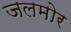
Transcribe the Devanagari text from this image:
जलमोर